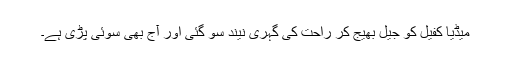
میڈیا کفیل کو جیل بھیج کر راحت کی گہری نیند سو گئی اور آج بھی سوئی پڑی ہے۔